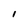
Character: l